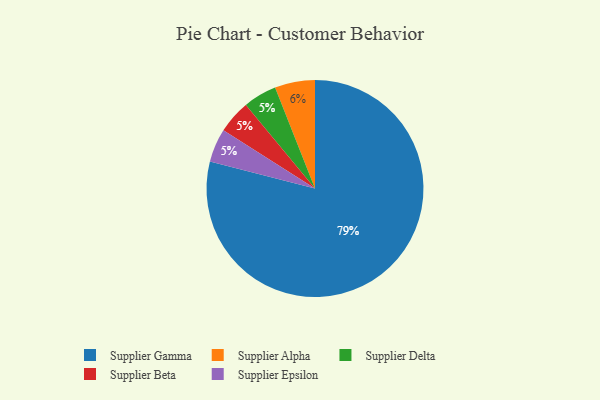
{"axis": {"x": "Category", "y": "Percentage"}, "legend": ["Supplier Alpha", "Supplier Beta", "Supplier Delta", "Supplier Epsilon", "Supplier Gamma"], "data": [{"x": "Supplier Gamma", "y": 79, "type": "Supplier Gamma"}, {"x": "Supplier Delta", "y": 5, "type": "Supplier Delta"}, {"x": "Supplier Beta", "y": 5, "type": "Supplier Beta"}, {"x": "Supplier Alpha", "y": 6, "type": "Supplier Alpha"}, {"x": "Supplier Epsilon", "y": 5, "type": "Supplier Epsilon"}]}